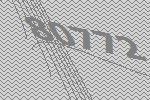
80772